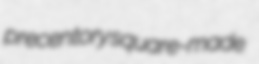
precentory square-made